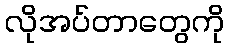
လိုအပ်တာတွေကို